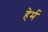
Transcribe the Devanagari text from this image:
हेर्म